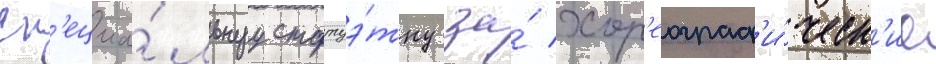
сп'ециа́льнуу статуэ́тку за́ хор'еограф'и́ческ'ие